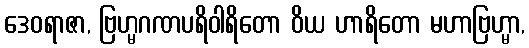
ဒေဝရာဇာ, ဗြဟ္မဂဏပရိဝါရိတော ဝိယ ဟာရိတော မဟာဗြဟ္မာ,